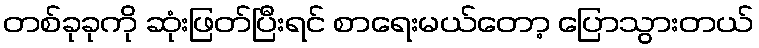
တစ်ခုခုကို ဆုံးဖြတ်ပြီးရင် စာရေးမယ်တော့ ပြောသွားတယ်